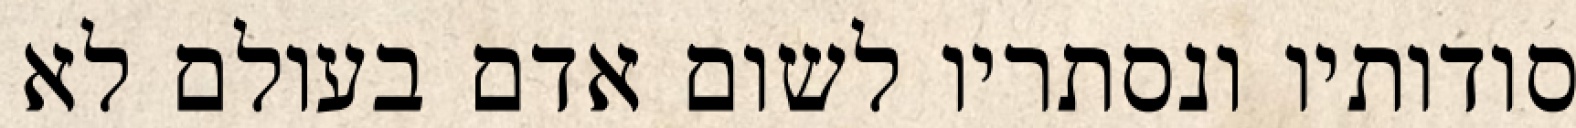
סודותיו ונסתריו לשום אדם בעולם לא